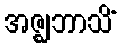
အဇ္ဈဘာသိံ